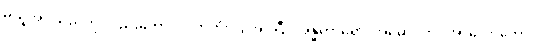
မယူအပ်သည်ကို လည်းကောင်း။ ကတံ၊ ပြုအပ်ပြီ။ အန္ဓကာရော၊ အမှောင်ကို။ အာလောကော၊